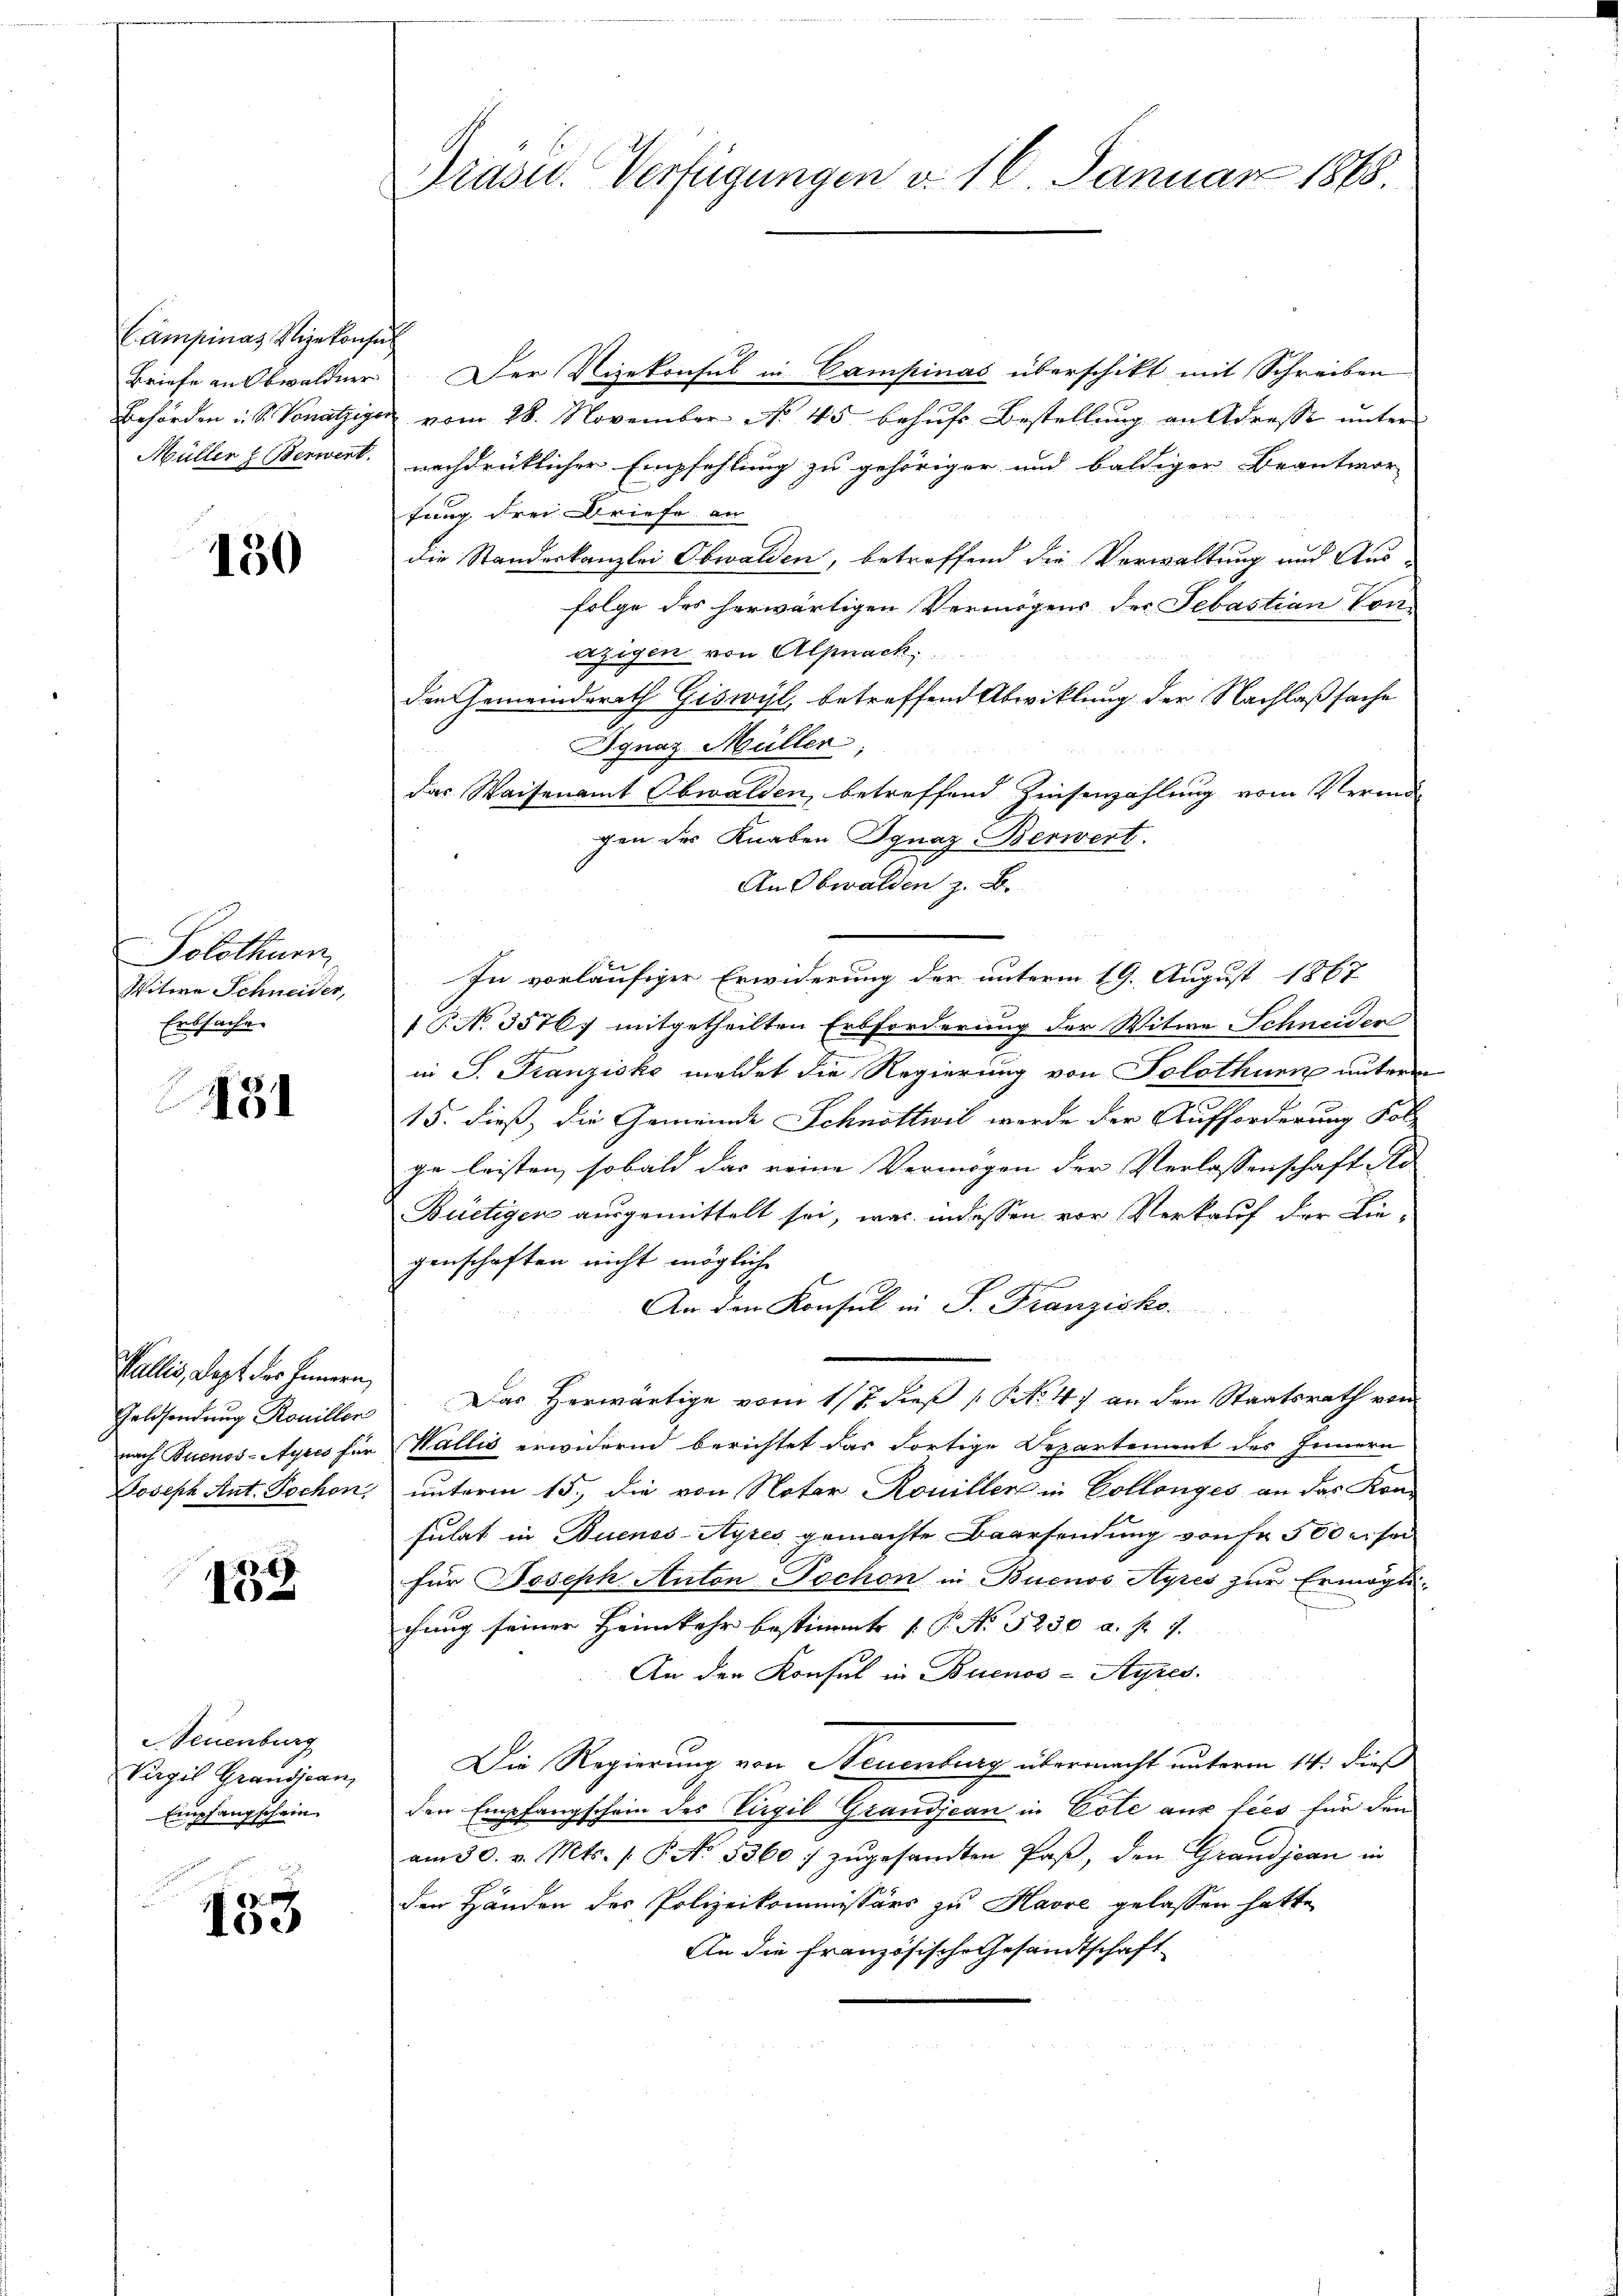
Campinas Vizekonsi
Briefe an Obwaldner
Behörden i. S. Vonätziger
Müller Berwert.

150

Solothurn
Witwe Schneider,
Erbsache.

451

Wallis, Lept der Innern,
Geldsendung Roniller
nach Buenos-Ayres für
Joseph Ant. Tochen,

138

Neuenburg
Virgil Grandjean,
Empfangschein.

153

Präsid. Verfügungen d. 16. Januar 1878

Der Vizekonsul in Campinas überschikt mit Schreiben
vom 28. November No. 45 behufs Bestellung an Adresse unter
nachdrüklicher Empfehlung zu gehöriger und baldiger Beantwor-
fung drei Briefe an
die Standeskanzlei Obwalden, betreffend die Verwaltung und Aus
folge des herwärtigen Vermögens der Sebastian Conazigen von Alpnach
den Gemeindsrath Giswyl, betreffend Abwicklung der Nachlaßsache
Agnaz Müller
das Waisenamt Obwalden, betreffend Zinsenzahlung vom Vermu
gen des Knaben Ignaz Berwert.
An Obwalden z. B.
In vorläufiger Erwiderung der unterm 19. August 1867
P. No. 3576, mitgetheilten Erbforderung der Witwe Schneider
in S. Franziska meldet die Regierung von Solothurn unterm
15. dieß, die Gemeinde Schnöttwil wurde der Aufforderung Fol-
ge leisten, sobald das reine Vermögen der Verlassenschaft da- |
Bietiger ausgemittelt sei, was indessen vor Verkauf der Liegenschaften nicht mögliche
An den Konsul in P. Franzisko.
Das Herwärtige vom 17. dieß (NNo. 4) an den Staatsrath von
Wallis erwidernd berichtet das dortige Departement des Innern
unterm 15., die von Notar Rouillen in Collenges an das Kons
sulat in Buenos-Ayres gemachte Baarsendung von Fr. 500 er sei
für Joseph Anton-Tochon in Buenos Ayres zur Ermöglichung seiner Heimkehr bestimmte P. No 5250 a. f. 7.
An den Konsul in Buenos-Ayres.
Die Regierung von Neuenburg übermacht unterm 14. dieß
den Empfangschein des Vigil Grandjean in Cöle aus sees für den
am 30. v. Mts. /: P. No. 5360. zŭgesandten Paβ, den Grandjean in
den Händen des Polizeikommissärs zu Havre gelassen hatte
An die Französische Gesandtschaft